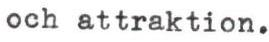
och attraktion.